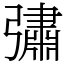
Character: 彇